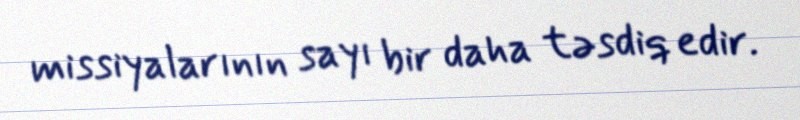
missiyalarının sayı bir daha təsdiq edir.